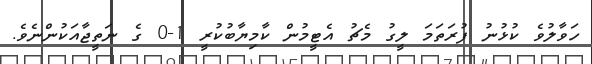
ހަވާލުވެ ކުޅުނު ފުރަތަމަ ލީގު މެޗު އެޓީމުން ކާމިޔާބުކުރީ 1-0 ގެ ނަތީޖާއަކުންނެވެ.